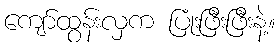
ကျော်ထွန်းလှက ပြုံးဖြီးဖြီးနဲ့။